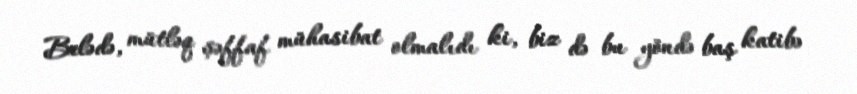
Belədə, mütləq şəffaf mühasibat olmalıdı ki, biz də bu yöndə baş katibə